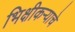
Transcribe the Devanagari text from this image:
भिक्षीकऱ्याचे